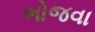
ભોજવા